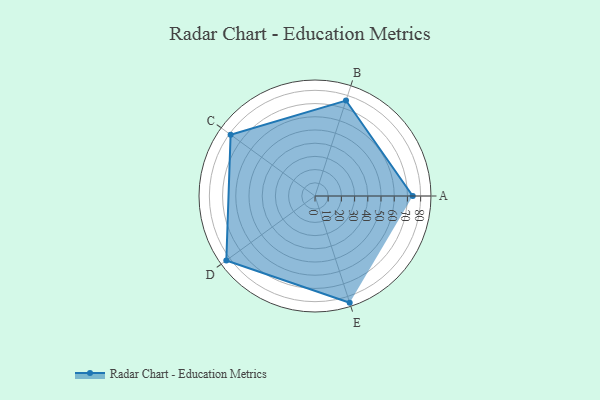
{"axis": {"x": "Skill", "y": "Score"}, "legend": ["Profile"], "data": [{"x": "A", "y": 74.0, "type": "Profile"}, {"x": "B", "y": 76.0, "type": "Profile"}, {"x": "C", "y": 79.0, "type": "Profile"}, {"x": "D", "y": 83.0, "type": "Profile"}, {"x": "E", "y": 85.0, "type": "Profile"}]}